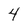
Character: 4